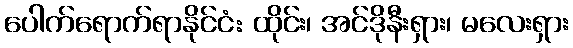
ပေါက်ရောက်ရာနိုင်ငံ: ထိုင်း၊ အင်ဒိုနီးရှား၊ မလေးရှား